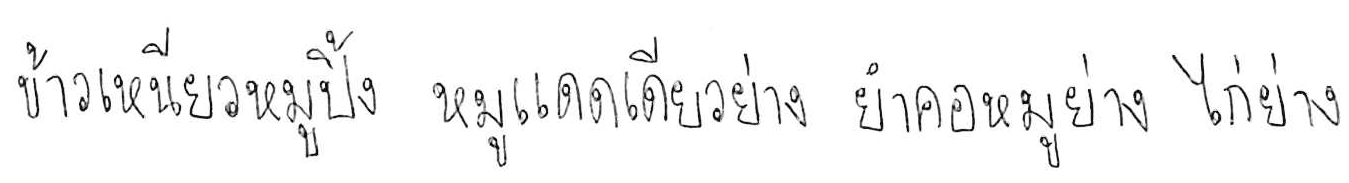
ข้าวเหนียวหมูปิ้ง หมูแดดเดียวย่าง ยำคอหมูย่าง ไก่ย่าง